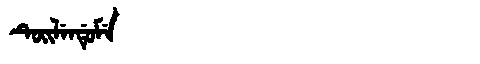
Manchu: ᡨᡠᡳᠯᡝᠨᡩᡠᠮᡝ
Romanization: TUILENDUME